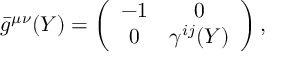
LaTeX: { } \bar { g } ^ { \mu \nu } ( Y ) = \left( \begin{array} { c c } { { - 1 } } & { { 0 } } \\ { { 0 } } & { { \gamma ^ { i j } ( Y ) } } \end{array} \right) ,